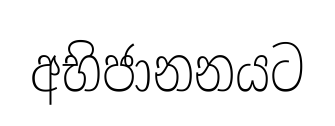
අභිජානනයට